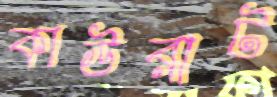
কাউরাট